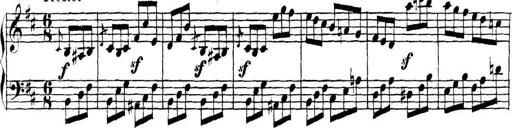
Title: Collected Piano Sonatas
Composer: Muzio Clementi